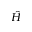
\hat { H }